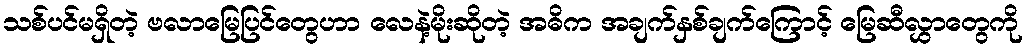
သစ်ပင်မရှိတဲ့ ဗလာမြေပြင်တွေဟာ လေနဲ့မိုးဆိုတဲ့ အဓိက အချက်နှစ်ချက်ကြောင့် မြေဆီလွှာတွေကို